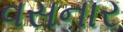
વસનાર